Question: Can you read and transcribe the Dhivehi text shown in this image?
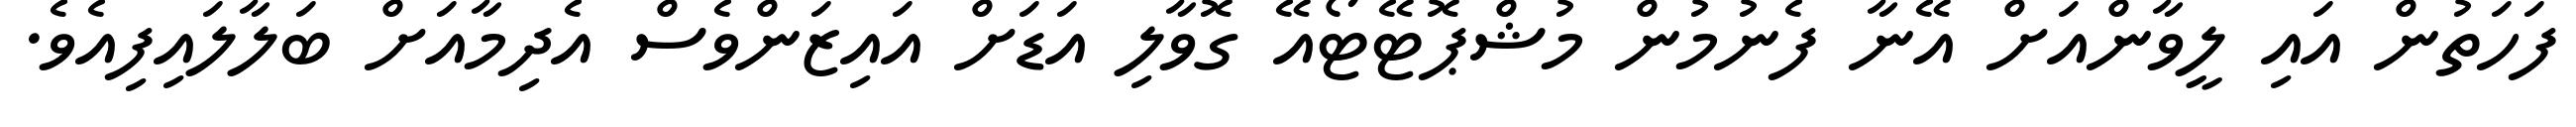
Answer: ފަހަތުން އައި ލީވާންއަށް އޭނާ ފެނުމުން މުޝްޕޮޓޭޓޯއޭ ގޮވާލި އަޑަށް އައިޒަންވެސް އެދިމާއަށް ބަލާލައިފިއެވެ.